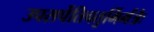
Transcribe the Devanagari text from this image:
उपसर्पेतिचतुर्भिर्मंत्रैः